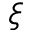
\xi